Jaan_Tonisson_(Lasteleht), lk 44
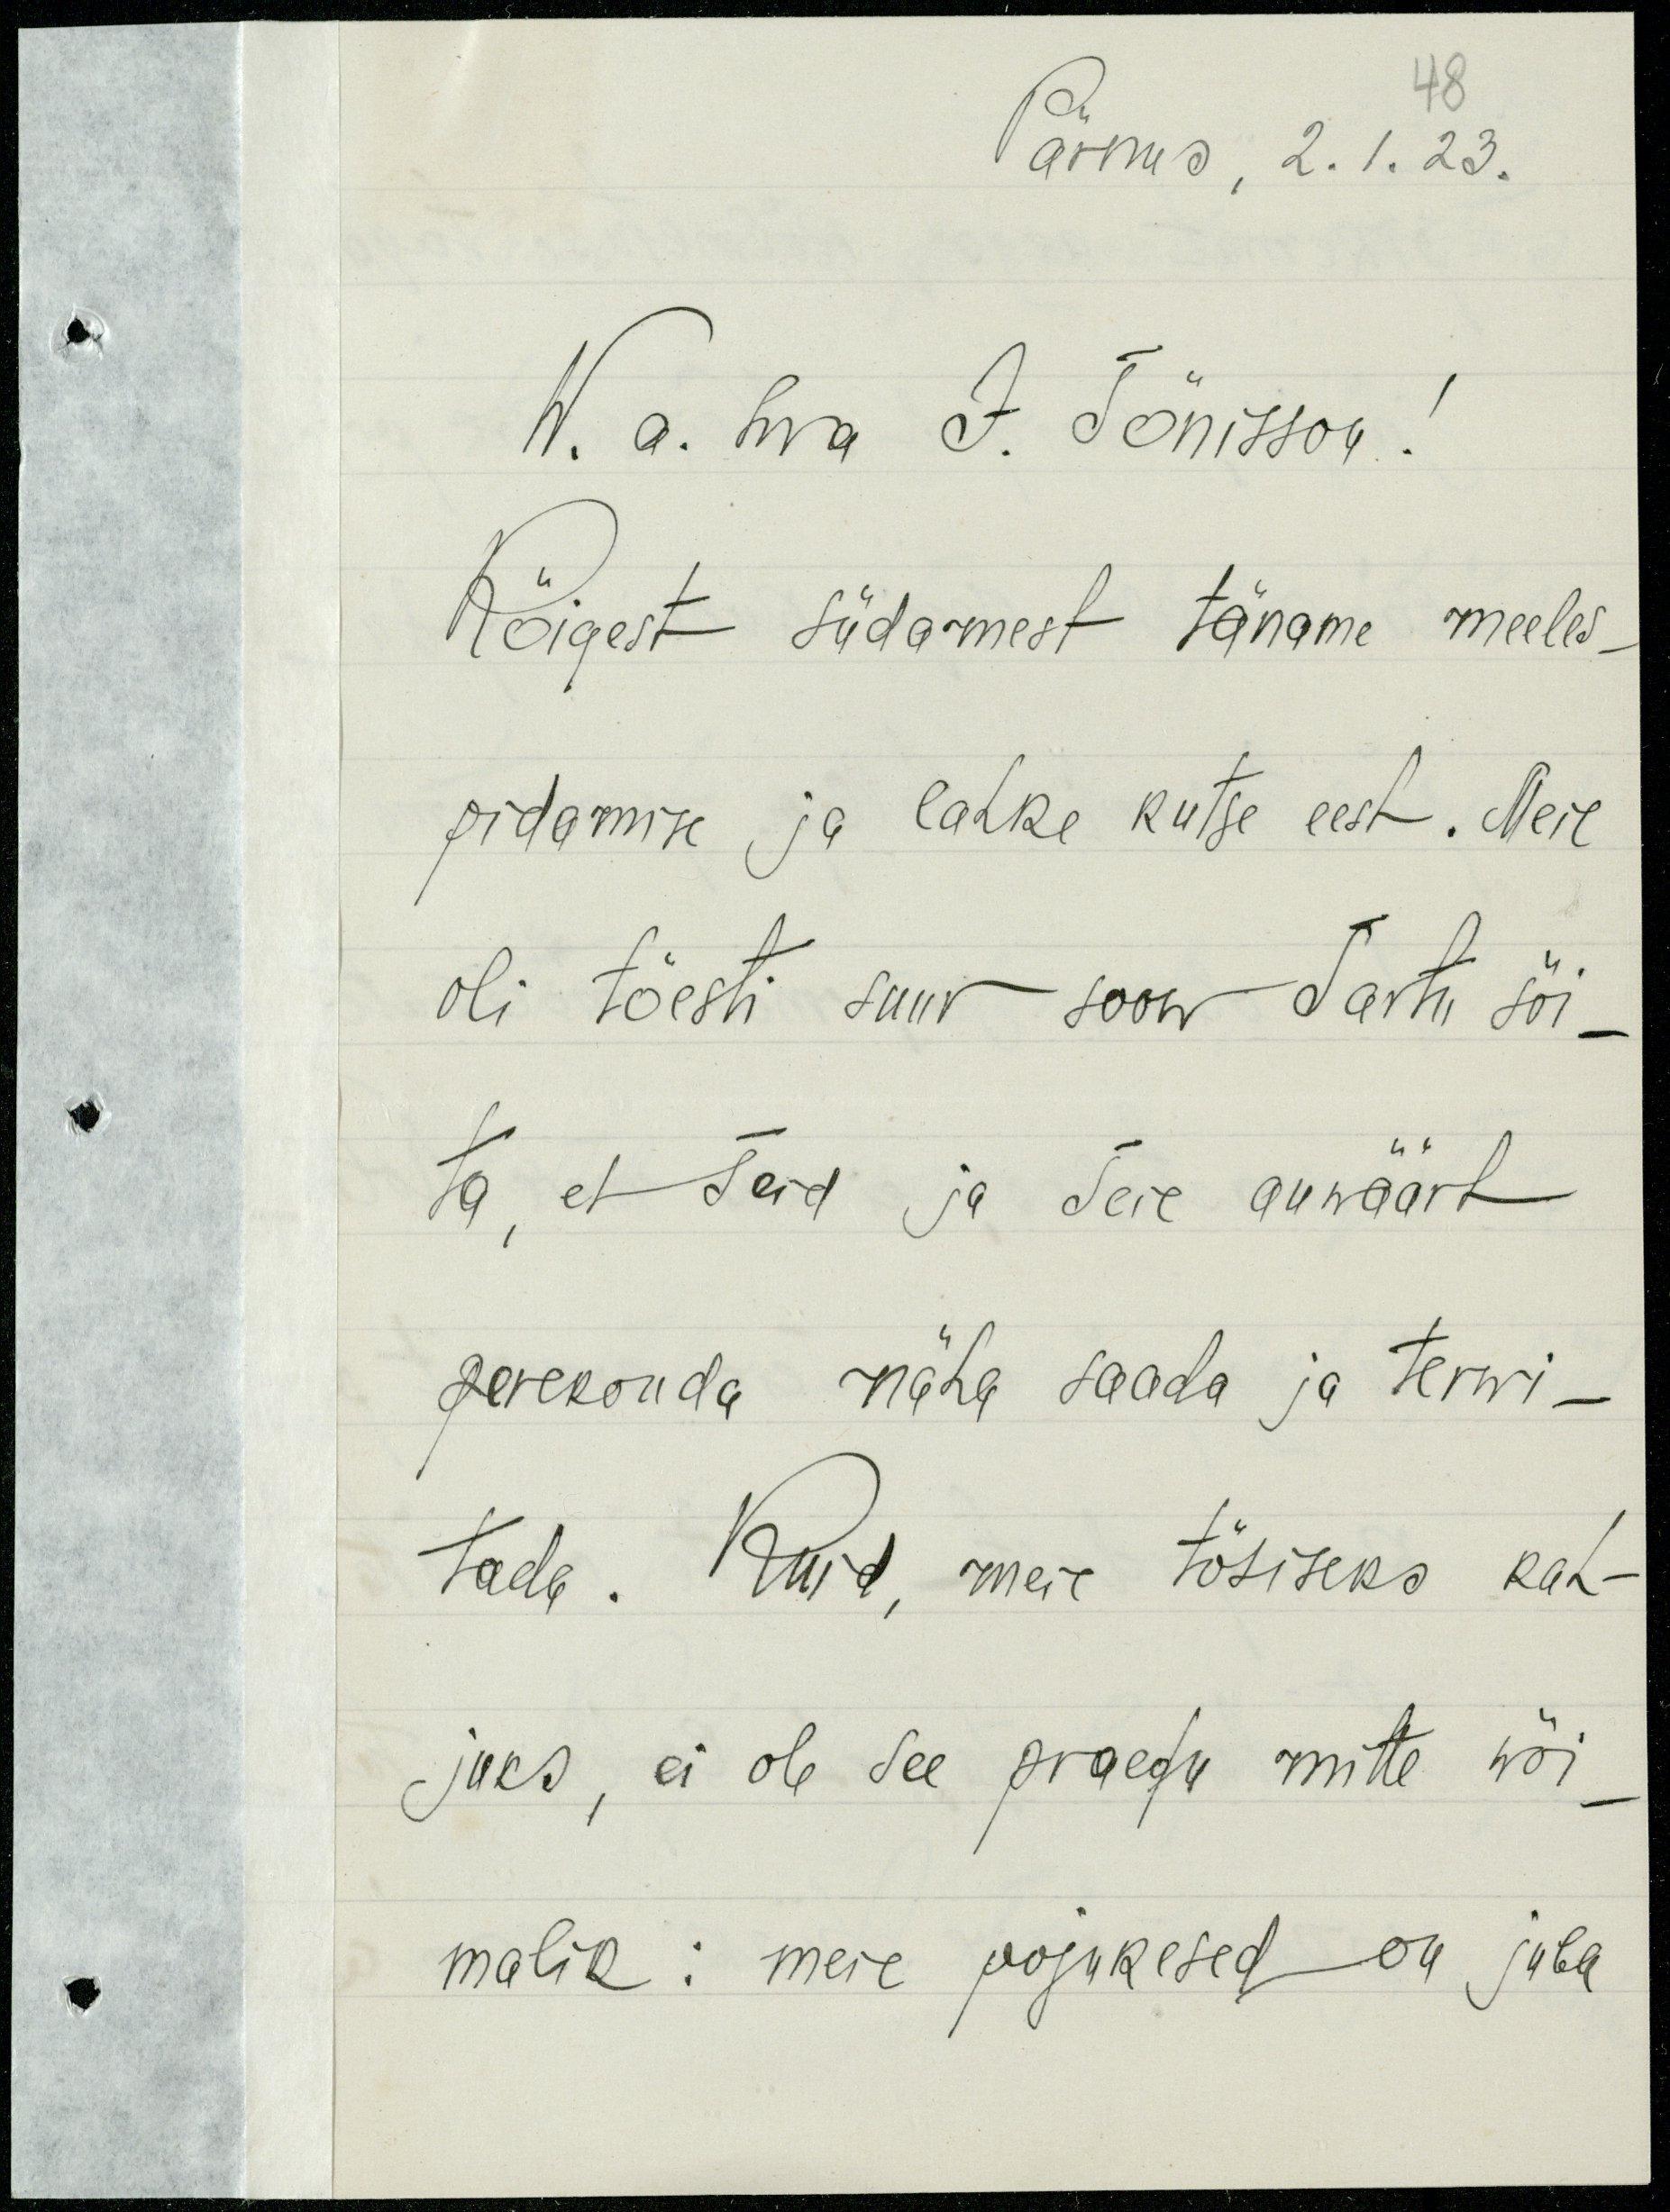
Pärnus, 2.1.23.
48
W. a. hra J. Tõnisson!
Kõigest südamest täname meeles-
pidamise ja lahke kutse eest. Meil
oli tõesti suur soow Tartu sõi-
ta, et Teid ja Teie auväärt
perekonda näha saada ja terwi-
tada. Kuid, meie tõsiseks kah-
juks, ei ole see praegu mitte wõi-
malik: meie pojukesed on juba